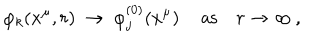
LaTeX: \varphi _ { k } ( x ^ { \mu } , r ) ~ \to ~ \varphi _ { j } ^ { ( 0 ) } ( x ^ { \mu } ) \, \quad \mathrm { a s } \quad r \to \infty \, ,